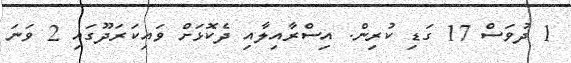
1 ދުވަސް 17 ގަޑި ކުރިން. އިސްރާއިލާއި ދެކޮޅަށް ވައިކަރަދޫގައި 2 ވަނަ